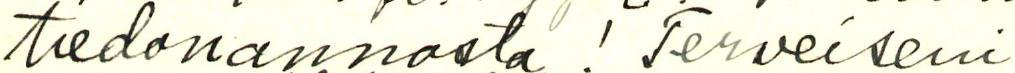
tiedonannosta ! Terveiseni